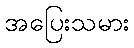
အပြေးသမား